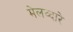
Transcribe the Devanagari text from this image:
मेलव्दारे